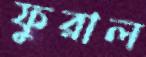
ফুরাল